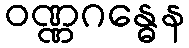
ဝဏ္ဏဂန္ဓေန